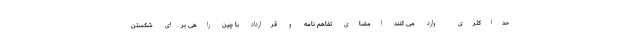
حداکثری وارد می کنند امضای تفاهم نامه و قرارداد با چین راهی برای شکستن